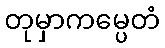
တုမှာကမ္ပေတံ